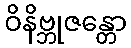
ဝိနိဗ္ဘုဇန္တော